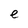
Character: e